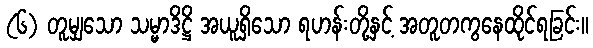
(၆) တူမျှသော သမ္မာဒိဋ္ဌိ အယူရှိသော ရဟန်းတို့နှင့် အတူတကွနေထိုင်ရခြင်း။